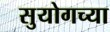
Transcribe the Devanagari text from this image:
सुयोगच्या